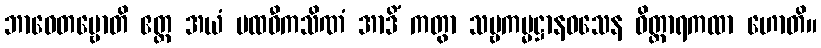
ဘာဝေတဗ္ဗောတိ ဧတ္ထ အယံ ပထဝီကသိဏံ အာဒိံ ကတွာ သဗ္ဗကမ္မဋ္ဌာနဝသေန ဝိတ္ထာရကထာ ဟောတိ။